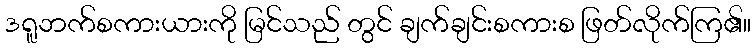
ဒရူဘက်စကားယားကို မြင်သည် တွင် ချက်ချင်းစကားစ ဖြတ်လိုက်ကြ၏။